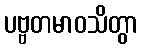
ပဗ္ဗတမာဝသိတွာ